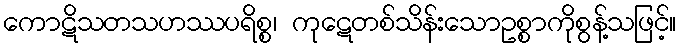
ကောဋိသတသဟဿပရိစ္စ၊ ကုဋေတစ်သိန်းသောဥစ္စာကိုစွန့်သဖြင့်။